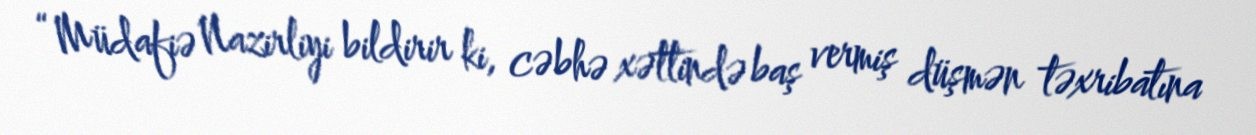
“Müdafiə Nazirliyi bildirir ki, cəbhə xəttində baş vermiş düşmən təxribatına